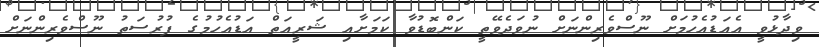
ވިދާޅުވީ އެއަޑުއެހުމަށް ނޫސްވެރިންނަށް ނުވަދެވޭތީ ކަންބޮޑުވާ ކަމަށާއި ޝަރީއަތް އަޑުއެހުމުގެ ފުރުސަތު ނޫސްވެރިންނަށް